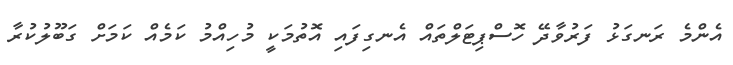
އެންމެ ރަނގަޅު ފަރުވާދޭ ހޮސްޕިޓަލްތައް އެނގިފައި އޮތުމަކީ މުހިއްމު ކަމެއް ކަމަށް ގަބޫލުކުރާ